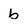
Character: b